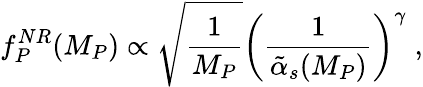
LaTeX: f_{P}^{NR}(M_{P})\propto\sqrt{\frac{1}{M_{P}}}{\left(\frac{1}{\tilde{\alpha}_{s}(M_{P})}\right)}^{\gamma}\; ,